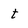
Character: t